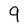
Character: 9